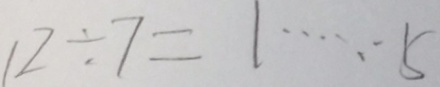
1 2 \div 7 = 1 \cdots 5